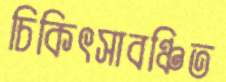
চিকিৎসাবঞ্চিত